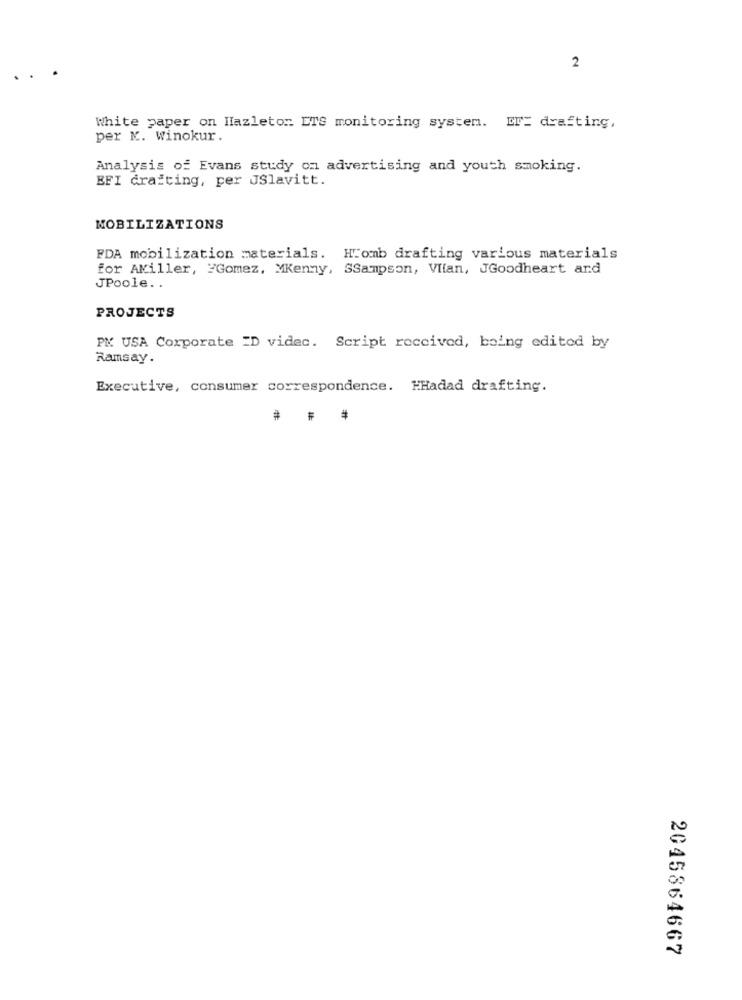
2
White paper on Hazleton ETS monitoring system. ET= drafting,
per K. Winokur.
Analysis of Evans study on advertising and youth smoking.
EFI crafting, per JSlavitt.
MOBILIZATIONS
FDA mobilization materials. Homb drafting various materials
for AKiller, FGomez, MKenny, SSampson, VIian, JGoodheart and
JPoole. .
PROJECTS
PM USA Corporate =D videc. Script received, being edited by
Ramsay.
Executive, consumer correspondence. HHadad drafting.
#
2045864667